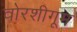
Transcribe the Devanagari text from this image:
वोरशीगूम